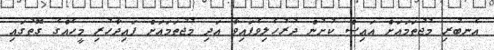
އެނބުރި މުޖުތަމައަށް އައިސް ކުށުން ދުރުހެލިވެފައިވާ އަދި މުޖުތަމައަށް ފައިދާހުރި މީހެއްގެ ގޮތުގައި